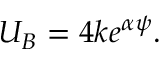
U _ { B } = 4 k e ^ { \alpha \psi } .